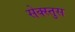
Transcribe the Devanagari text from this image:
सेक्स्तुस